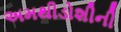
અમથીડોશીની